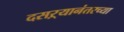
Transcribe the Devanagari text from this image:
दसऱ्यानंतरच्या